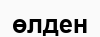
өлден